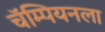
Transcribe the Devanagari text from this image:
चॅम्पियनला